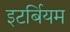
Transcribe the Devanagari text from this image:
इटर्बियम